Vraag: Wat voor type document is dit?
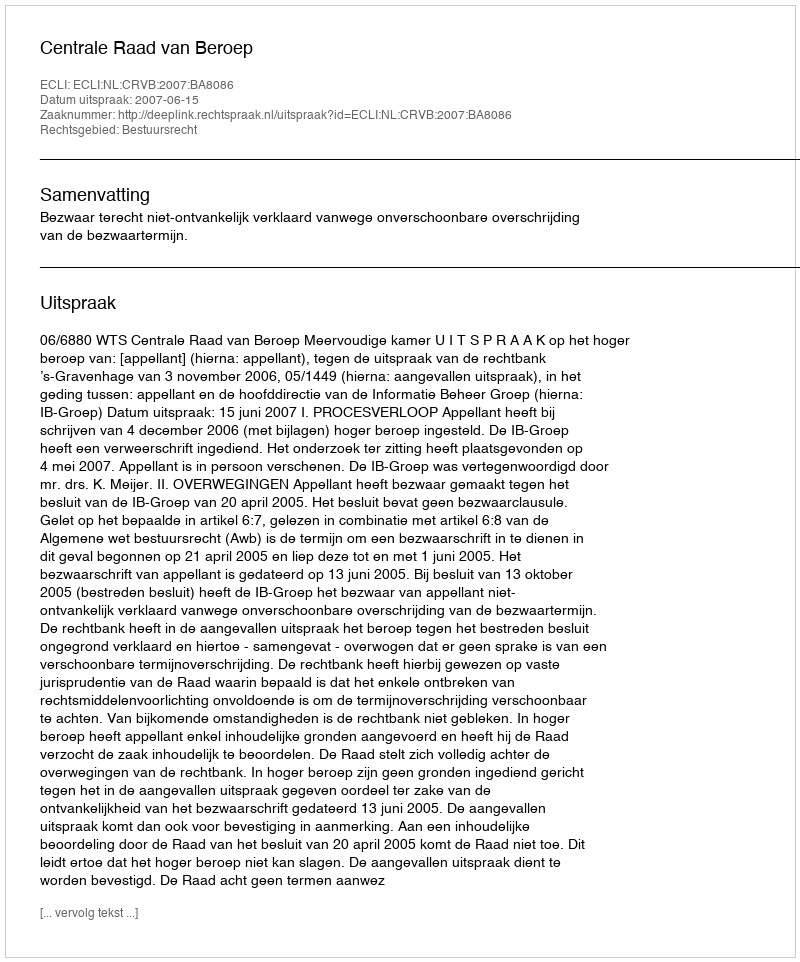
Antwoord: Uitspraak